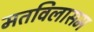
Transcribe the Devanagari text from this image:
मतविलासम